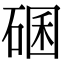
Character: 碅